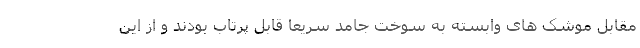
مقابل موشک های وابسته به سوخت جامد سریعا قابل پرتاب بودند و از این